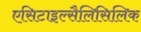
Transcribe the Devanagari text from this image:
एसिटाइल्सैलिसिलिक